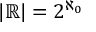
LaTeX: | \mathbb { R } | = 2 ^ { \aleph _ { 0 } }